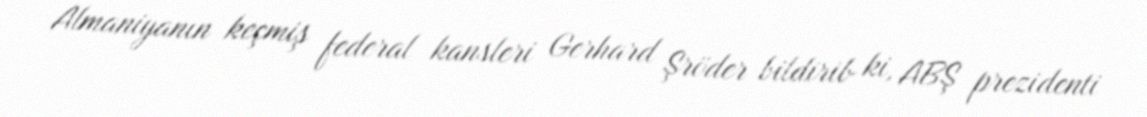
Almaniyanın keçmiş federal kansleri Gerhard Şröder bildirib ki, ABŞ prezidenti